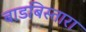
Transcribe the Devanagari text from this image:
बाडबिस्तारा